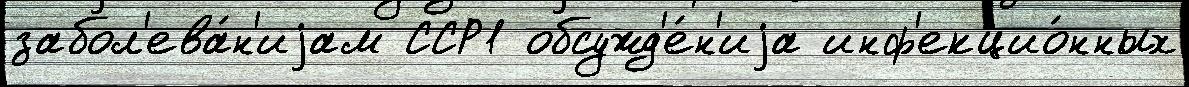
забол'ева́н'иjам ССР1 обсужд'е́н'иjа инф'екцио́нных